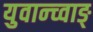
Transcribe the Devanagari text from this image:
युवान्च्वाङ्